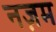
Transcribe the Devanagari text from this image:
नज़म